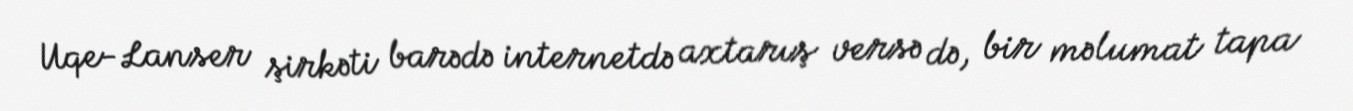
Uqe-Lanser şirkəti barədə internetdə axtarış versə də, bir məlumat tapa